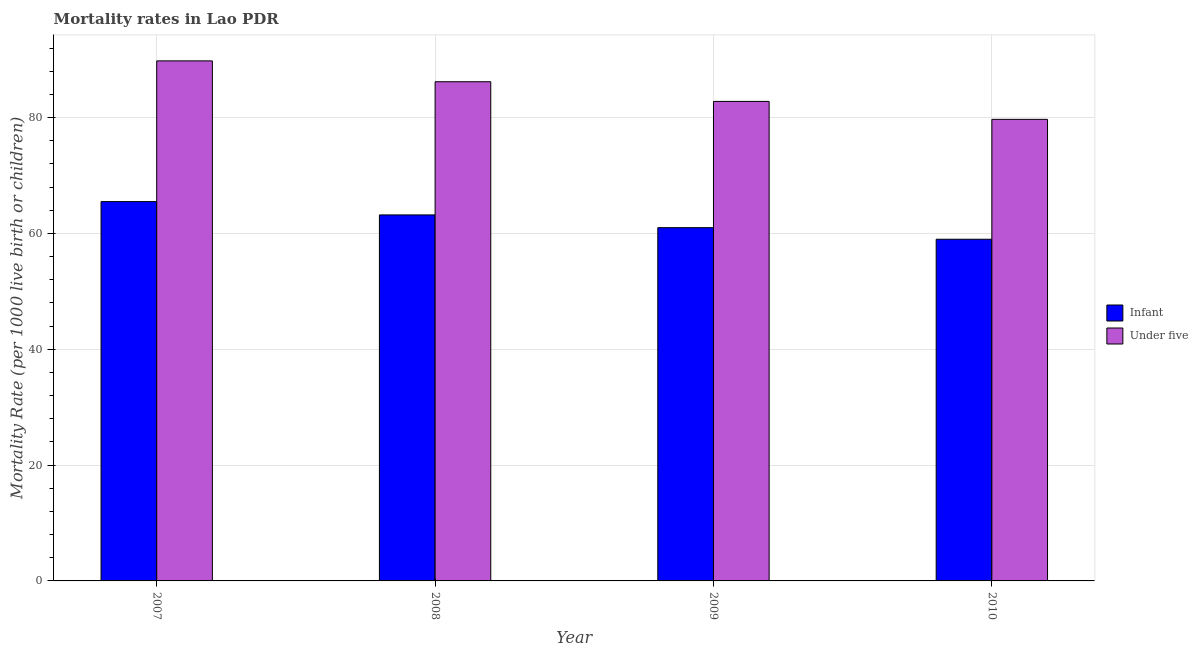
| Year | Infant | Under five |
 | --- | --- | --- |
 | 2007 | 65.5 | 89.8 |
 | 2008 | 63.2 | 86.2 |
 | 2009 | 61 | 82.8 |
 | 2010 | 59 | 79.7 |